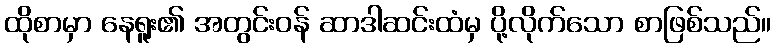
ထိုစာမှာ နေရူး၏ အတွင်းဝန် ဆာဒါဆင်းထံမှ ပို့လိုက်သော စာဖြစ်သည်။